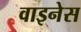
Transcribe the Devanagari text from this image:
वाइनेस